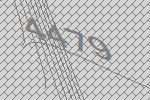
4479